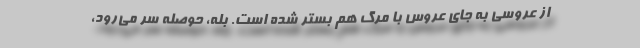
از عروسی به جای عروس با مرگ هم بستر شده است. بله، حوصله سر می‌رود،